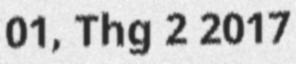
01, Thg 2 2017